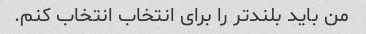
من باید بلندتر را برای انتخاب انتخاب کنم.